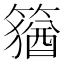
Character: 𥴕